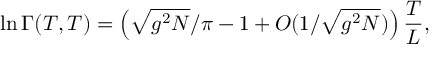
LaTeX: \ln \Gamma ( T , T ) = \left( \sqrt { g ^ { 2 } N } / \pi - 1 + { \cal O } ( 1 / \sqrt { g ^ { 2 } N } ) \right) \frac { T } { L } ,